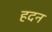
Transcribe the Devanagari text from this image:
हदन